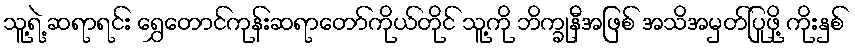
သူ့ရဲ့ ဆရာရင်း ရွှေတောင်ကုန်းဆရာတော်ကိုယ်တိုင် သူ့ကို ဘိက္ခုနီအဖြစ် အသိအမှတ်ပြုဖို့ ကိုးနှစ်